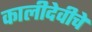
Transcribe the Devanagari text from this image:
कालीदेवीचे